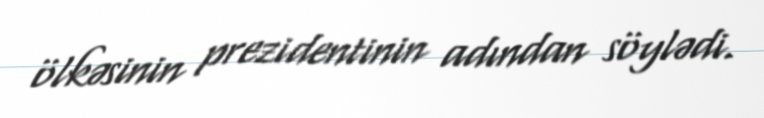
ölkəsinin prezidentinin adından söylədi.